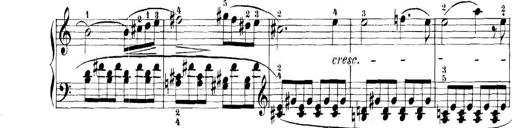
Title: 11 Sonatinas
Composer: Anton Diabelli